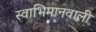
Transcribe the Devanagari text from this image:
स्वाभिमानवाली